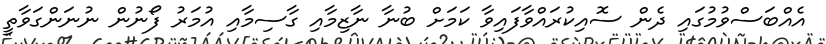
އެއްބަސްވުމުގައި ދެން ސޮއިކުރައްވާފައިވާ ކަމަށް ބުނާ ނާޒިމާއި ގާސިމާއި އުމަރު ފޯނުން ނުނަންގަވާތީ